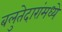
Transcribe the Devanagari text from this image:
बलुतेदारांमध्ये